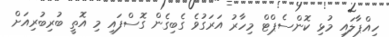
ހިއްޕާލައި މުޅި ކޮންސެޕްޓް މިހާރު އަރަގުވެ ގެބިގެން ގޮސްފައި މި އޮތީ ބުރިބުރިއަށް